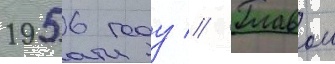
1956 году // Главои